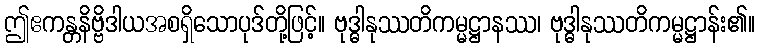
ဤဧကန္တနိဗ္ဗိဒါယအစရှိသောပုဒ်တို့ဖြင့်။ ဗုဒ္ဓါနုဿတိကမ္မဋ္ဌာနဿ၊ ဗုဒ္ဓါနုဿတိကမ္မဋ္ဌာန်း၏။